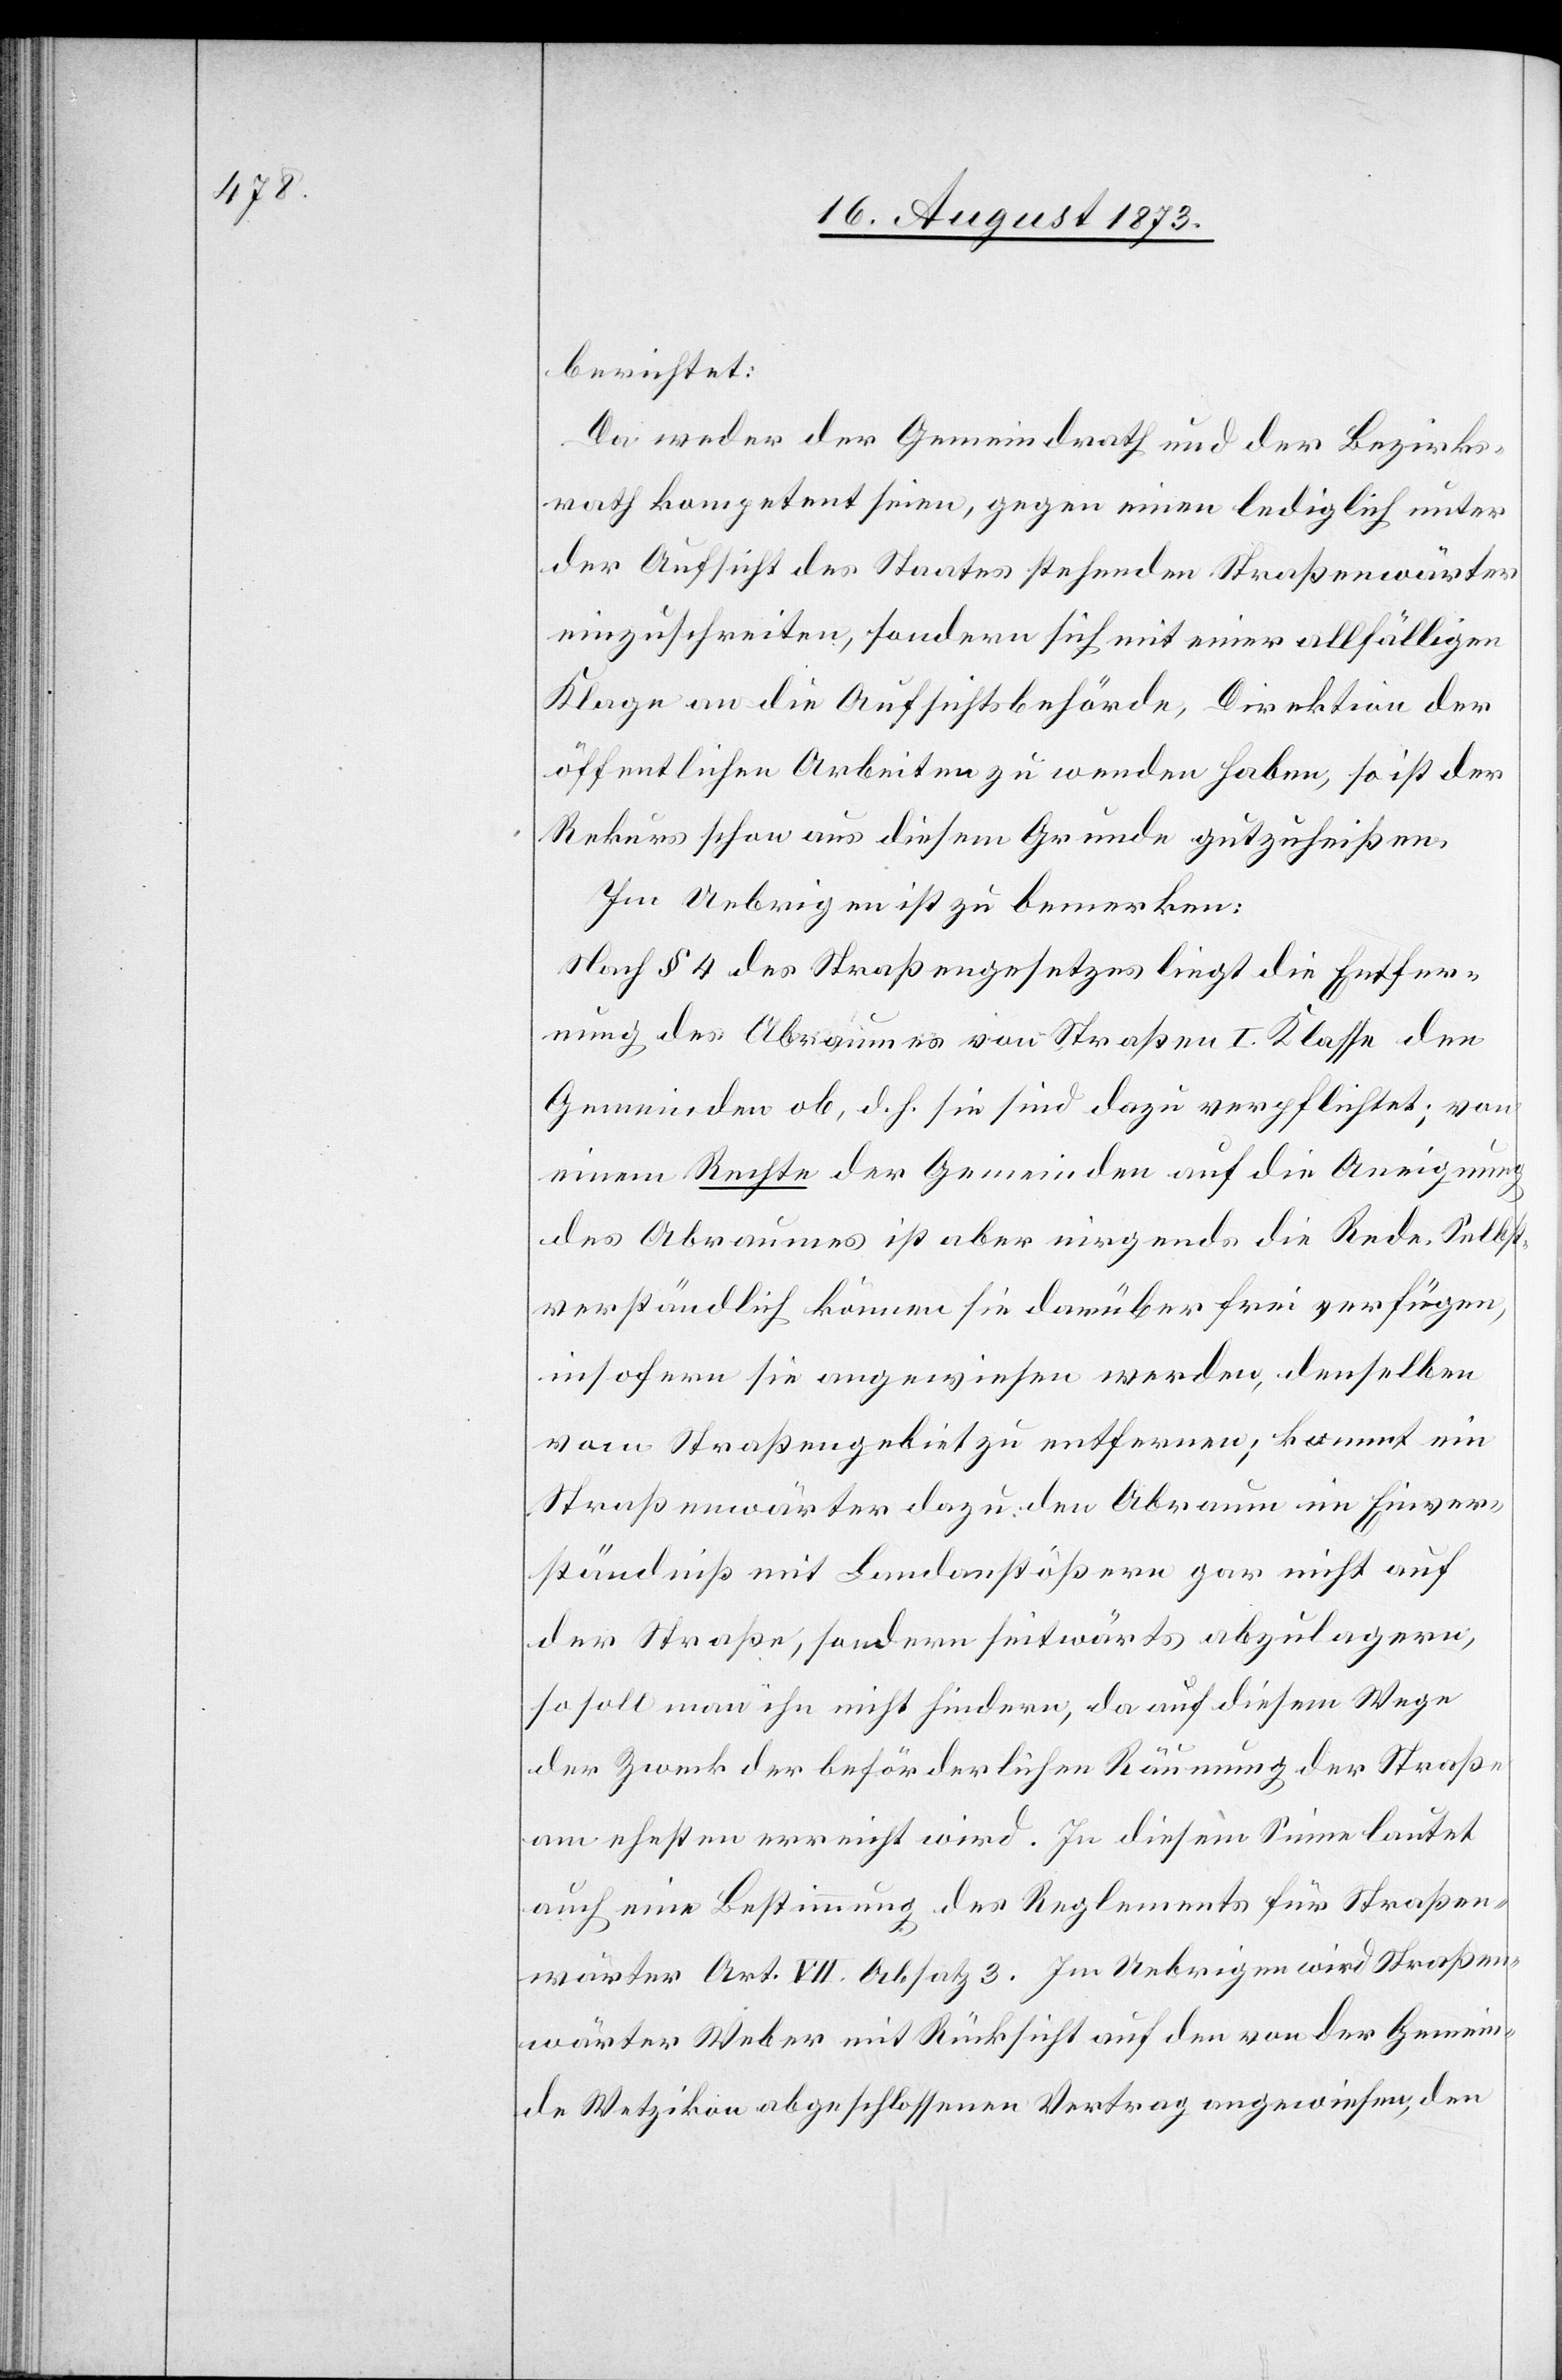
berichtet:
Da weder der Gemeindrath und der Bezirks¬
rath kompetent seien, gegen einen lediglich unter
der Aufsicht des Staates stehenden Straßenwärter
einzuschreiten, sondern sich mit einer allfälligen
Klage an die Aufsichtsbehörde, Direktion der
öffentlichen Arbeiten zu wenden haben, so ist der
Rekurs schon aus diesem Grunde gutzuheißen.
Im Uebrigen ist zu bemerken:
Nach § 4 des Straßengesetzes liegt die Entfer¬
nung des Abraumes von Straßen I. Klasse den
Gemeinden ob, d. h. sie sind dazu verpflichtet; von
einem Rechte der Gemeinden auf die Aneignung
des Abraumes ist aber nirgends die Rede. Selbst¬
verständlich können sie darüber frei verfügen,
insofern sie angewiesen werden, denselben
vom Straßengebiet zu entfernen; kommt ein
Straßenwärter dazu, den Abraum im Einver¬
ständniß mit Landanstößern gar nicht auf
der Straße, sondern seitwärts abzulagern,
so soll man ihn nicht hindern, da auf diesem Wege
der Zweck der beförderlichen Räumung der Straße
am ehesten erreicht wird. In diesem Sinne lautet
auch eine Bestimmung des Reglements für Straßen¬
wärter Art. VII. Absatz 3. Im Uebrigen wird Straßen¬
wärter Weber mit Rücksicht auf den von der Gemein¬
de Wetzikon abgeschlossenen Vertrag angewiesen, den